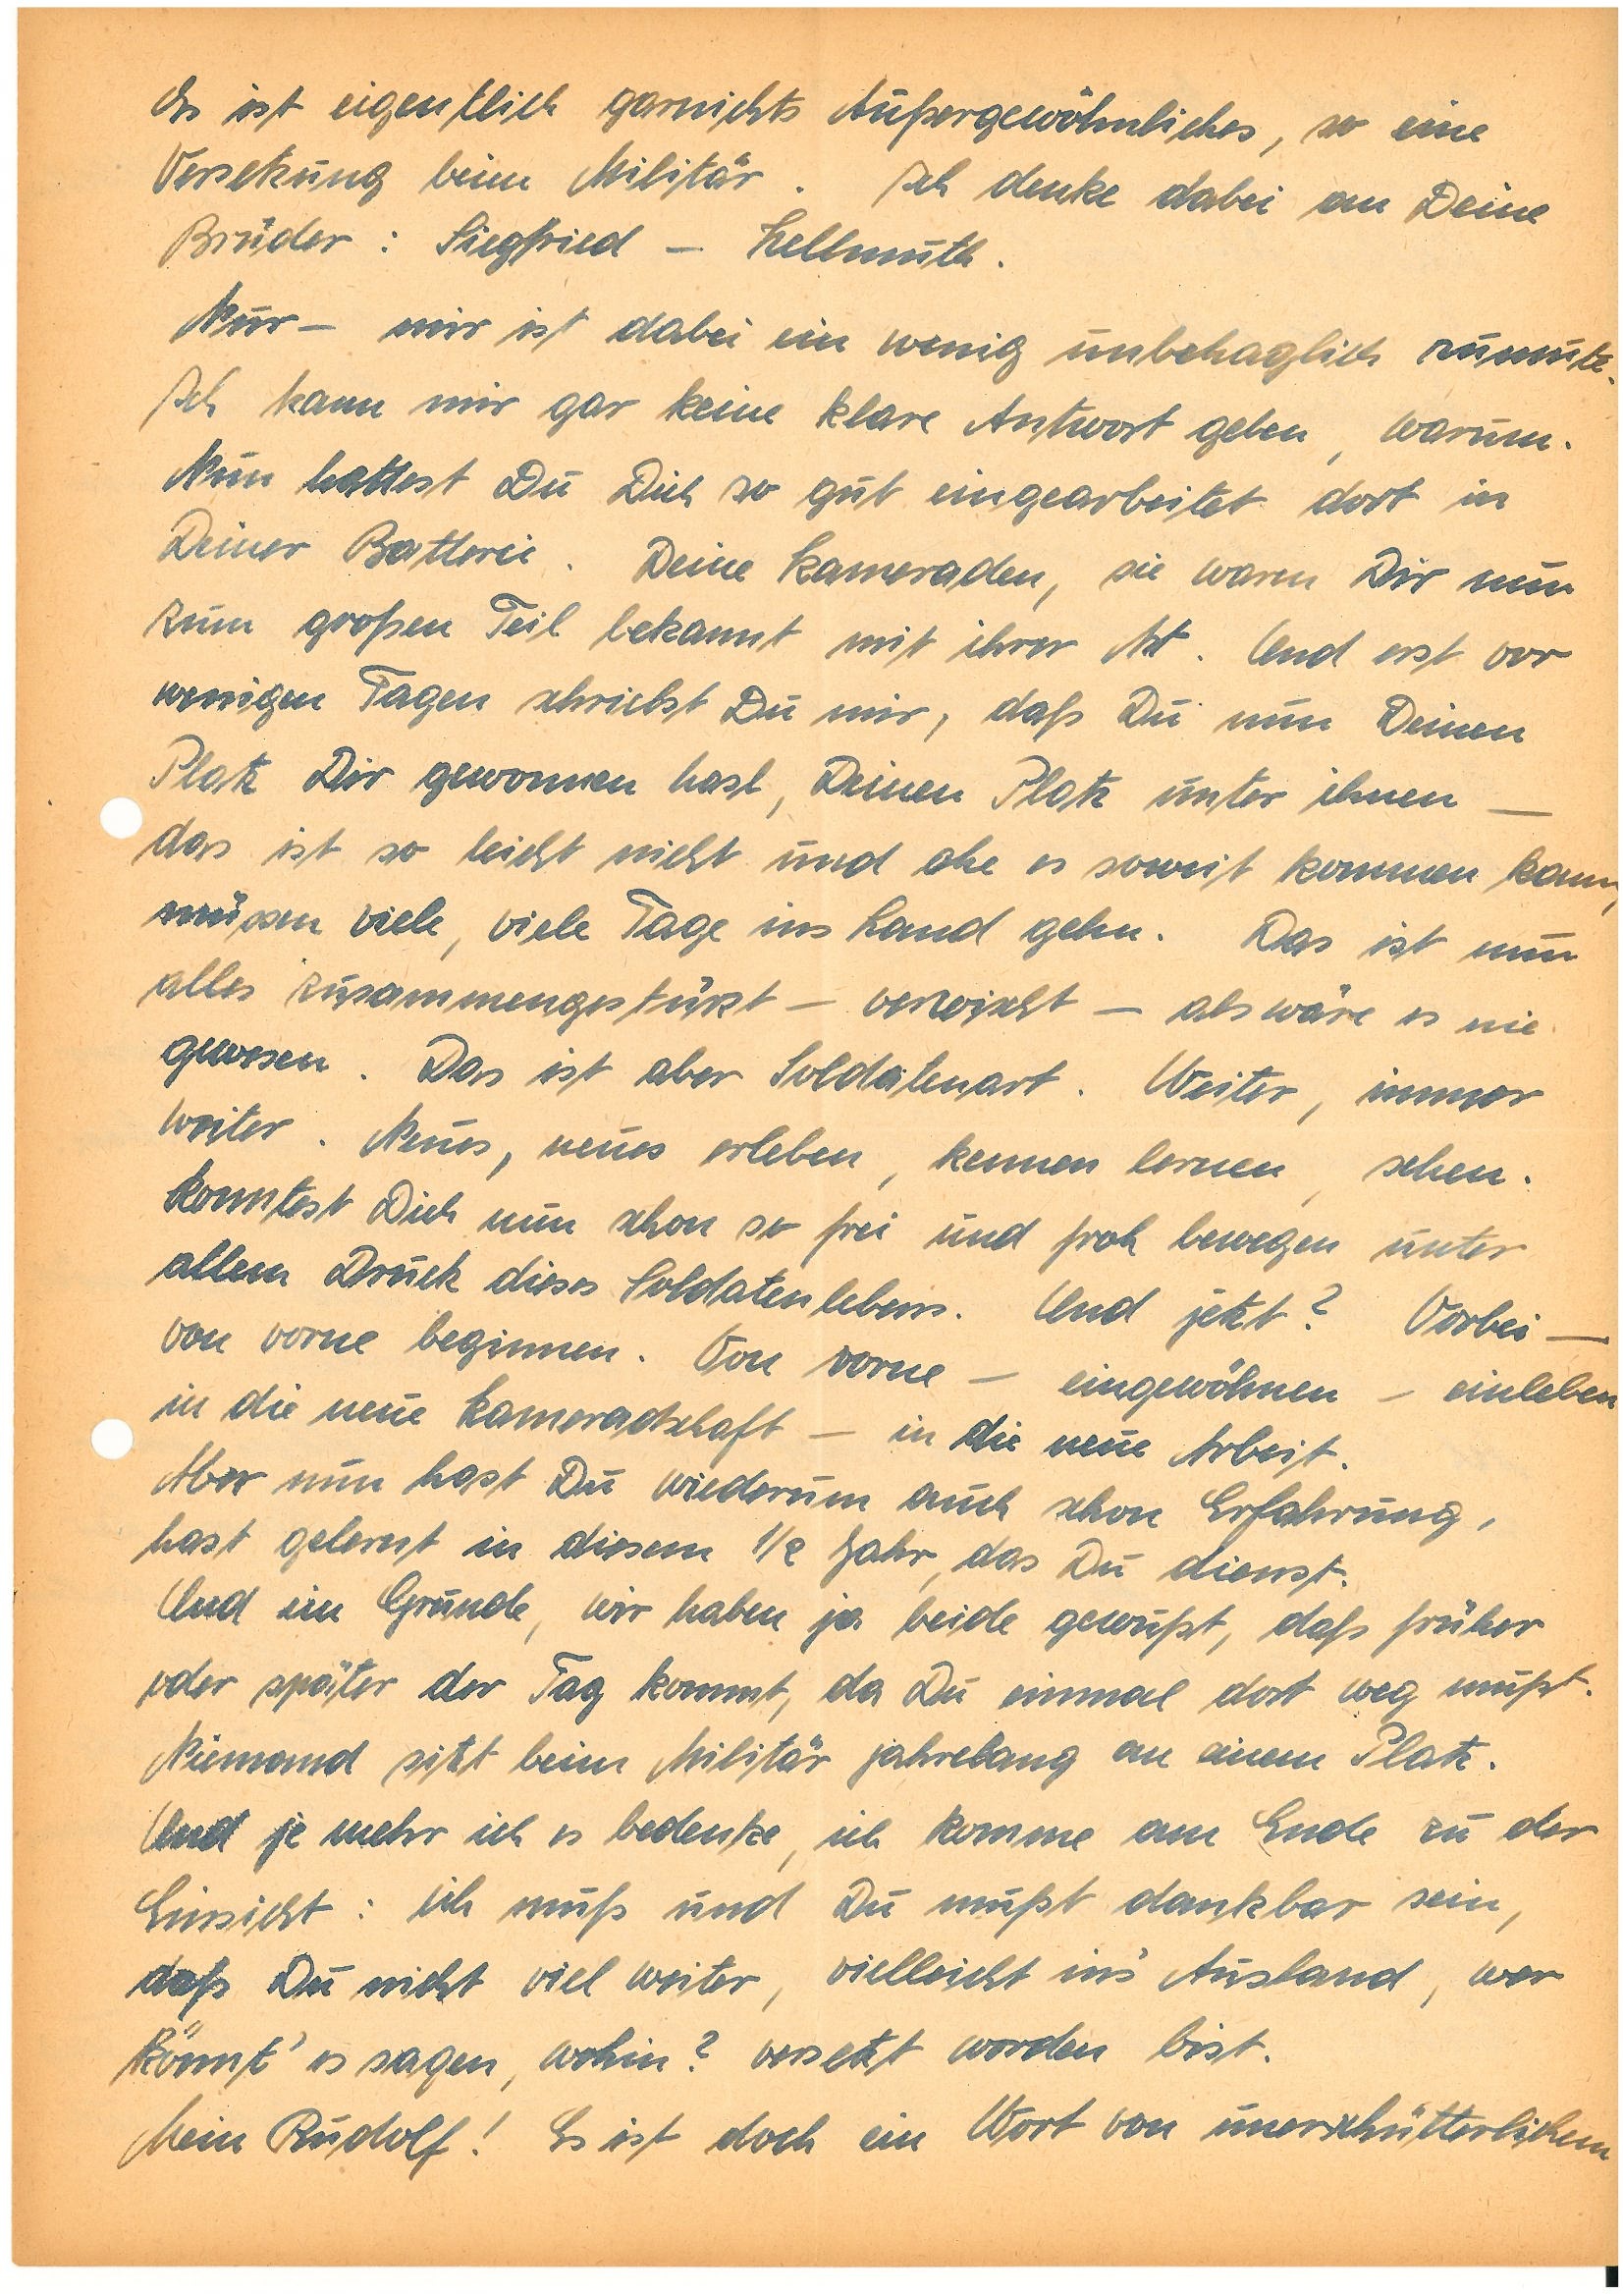
Es ist eigentlich garnichts Außergewöhnliches, so eine
Versetzung beim Militär. Ich denke dabei an Deine
Brüder: S. – H.
Nur – mir ist dabei ein wenig unbehaglich zumute.
Ich kann mir gar keine klare Antwort geben, warum.
Nun hattest Du Dich so gut eingearbeitet dort in
Deiner Batterie. Deine Kameraden, sie waren Dir nun
zum großen Teil bekannt mit ihrer Art. Und erst vor
wenigen Tagen schickst Du mir, daß Du nun Deinen
Platz Dir gewonnen hast, Deinen Platz unter ihnen –
das ist so leicht nicht und ehe es soweit kommen kann,
müssen viele, viele Tage ins Land gehen. Das ist nun
alles zusammengestürzt – verwischt – als wäre es nie
gewesen. Das ist eher Soldatenart. Weiter, immer
weiter. Neues, neues erleben, kennen lernen, sehen.
Konntest Dich nun schon so frei und froh bewegen unter
allem Druck dieses Soldatenlebens. Und jetzt? Vorbei –
von vorne beginnen. Von vorne – eingewöhnen – einleben
in die neue Kameradschaft – in die neue Arbeit.
Aber nun hast Du wiederum auch schon Erfahrung,
hast gelernt in diesem ½ Jahr, das Du dienst.
Und im Grunde, wir haben ja beide gewußt, daß früher
oder später der Tag kommt, da Du einmal dort weg mußt.
Niemand sitzt beim Militär jahrelang an einem Platz.
Und je mehr ich es bedenke, ich komme am Ende zu der
Einsicht: ich muß und Du mußt dankbar sein,
daß Du nicht viel weiter, vielleicht ins‘ Ausland, wer
könnt’ es sagen, wohin? versetzt worden bist.
Mein! Es ist doch ein Wort von unerschütterlichem